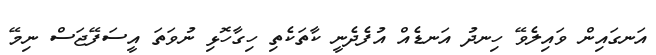
އަނގައިން ވައިލެވޭ ހިނދު އަނޑެއް އުފެދެނީ ކާތަކެތި ހިގާހޮޅި ނުވަތަ އީސަފޭޖަސް ނިމޭ